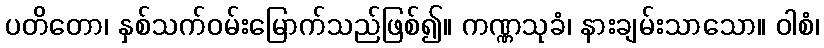
ပတိတော၊ နှစ်သက်ဝမ်းမြောက်သည်ဖြစ်၍။ ကဏ္ဏသုခံ၊ နားချမ်းသာသော။ ဝါစံ၊